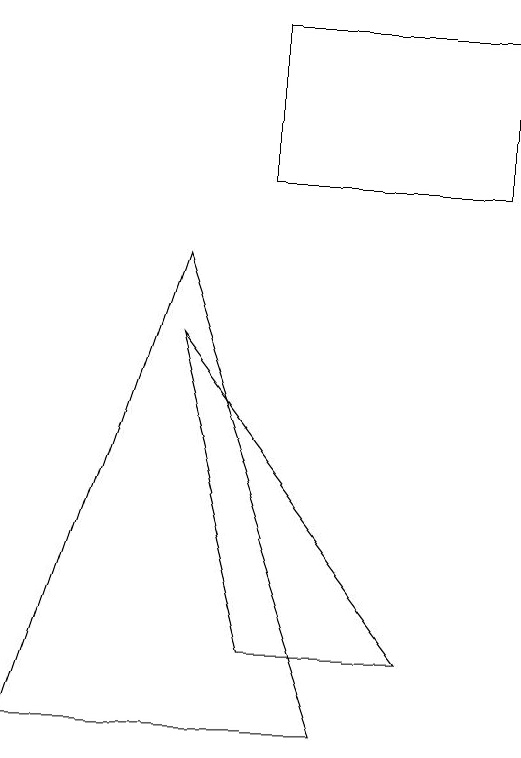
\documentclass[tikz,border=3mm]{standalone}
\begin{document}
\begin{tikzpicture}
\draw (1,3) -- (3,9) -- (5,3) -- cycle;
\draw (4,10) rectangle (7,12);
\draw (4,4) -- (6,4) -- (3,8) -- cycle;
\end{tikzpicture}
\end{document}